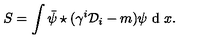
S = \int \bar { \psi } \star ( \gamma ^ { i } { \cal { D } } _ { i } - m ) \psi \textrm { d } x .